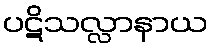
ပဋိသလ္လာနာယ